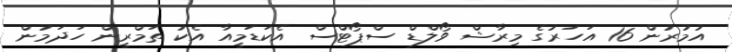
އުމުރުން 16 އަހަރުގެ މިރާޝް ވޯލްޑް ސްޕޯޓްސް އެކަޑަމީއާ އެކު ތަމްރީން ހަދަމުން